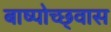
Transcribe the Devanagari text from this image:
बाष्पोच्छ्‌वास